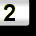
Digit: 2